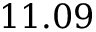
1 1 . 0 9